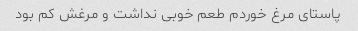
پاستای مرغ خوردم طعم خوبی نداشت و مرغش کم بود